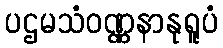
ပဌမသံဝဏ္ဏနာနုရူပံ